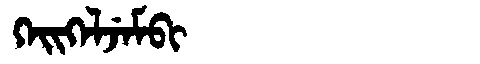
Manchu: ᡴᡝᡳᡴᡝᠯᠵᡝᠮᠪᡳ
Romanization: KEIKELJEMBI